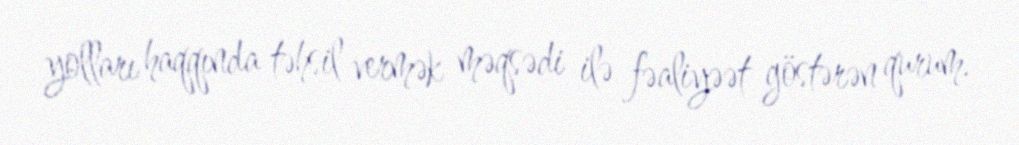
yolları haqqında təhsil vermək məqsədi ilə fəaliyəət göstərən qurum.